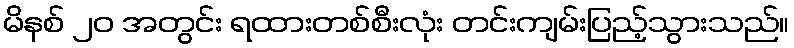
မိနစ် ၂၀ အတွင်း ရထားတစ်စီးလုံး တင်းကျမ်းပြည့်သွားသည်။